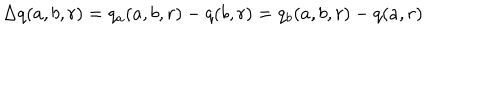
\Delta q ( a , b , r ) = q _ { a } ( a , b , r ) - q ( b , r ) = q _ { b } ( a , b , r ) - q ( a , r )